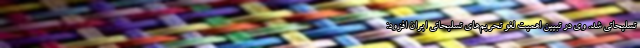
تسلیحاتی شد. وی در تبیین اهمیت لغو تحریم‌های تسلیحاتی ایران افزود: